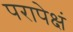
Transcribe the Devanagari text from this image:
परापेक्षं